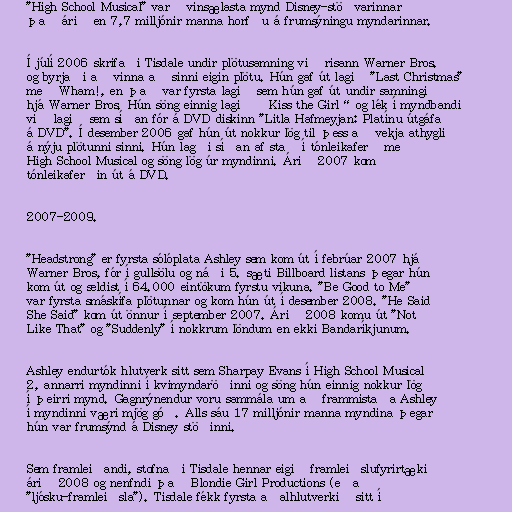
"High School Musical" varð vinsælasta mynd Disney-stöðvarinnar
það árið en 7,7 milljónir manna horfðu á frumsýningu myndarinnar.

Í júlí 2006 skrifaði Tisdale undir plötusamning við risann Warner Bros.
og byrjaði að vinna að sinni eigin plötu. Hún gaf út lagið "Last Christmas"
með Wham!, en það var fyrsta lagið sem hún gaf út undir samningi
hjá Warner Bros. Hún söng einnig lagið „Kiss the Girl“ og lék í myndbandi
við lagið sem síðan fór á DVD diskinn "Litla Hafmeyjan: Platínu útgáfa
á DVD". Í desember 2006 gaf hún út nokkur lög til þess að vekja athygli
á nýju plötunni sinni. Hún lagði síðan af stað í tónleikaferð með
High School Musical og söng lög úr myndinni. Árið 2007 kom
tónleikaferðin út á DVD.

2007-2009.

"Headstrong" er fyrsta sólóplata Ashley sem kom út í febrúar 2007 hjá
Warner Bros, fór í gullsölu og náði 5. sæti Billboard listans þegar hún
kom út og seldist í 64.000 eintökum fyrstu vikuna. "Be Good to Me"
var fyrsta smáskífa plötunnar og kom hún út í desember 2008. "He Said
She Said" kom út önnur í september 2007. Árið 2008 komu út "Not
Like That" og "Suddenly" í nokkrum löndum en ekki Bandaríkjunum.

Ashley endurtók hlutverk sitt sem Sharpay Evans í High School Musical
2, annarri myndinni í kvimyndaröðinni og söng hún einnig nokkur lög
í þeirri mynd. Gagnrýnendur voru sammála um að frammistaða Ashley
í myndinni væri mjög góð. Alls sáu 17 milljónir manna myndina þegar
hún var frumsýnd á Disney stöðinni.

Sem framleiðandi, stofnaði Tisdale hennar eigið framleiðslufyrirtæki
árið 2008 og nenfndi það Blondie Girl Productions (eða
"ljósku-framleiðsla"). Tisdale fékk fyrsta aðalhlutverkið sitt í